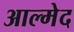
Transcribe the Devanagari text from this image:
आल्मेद